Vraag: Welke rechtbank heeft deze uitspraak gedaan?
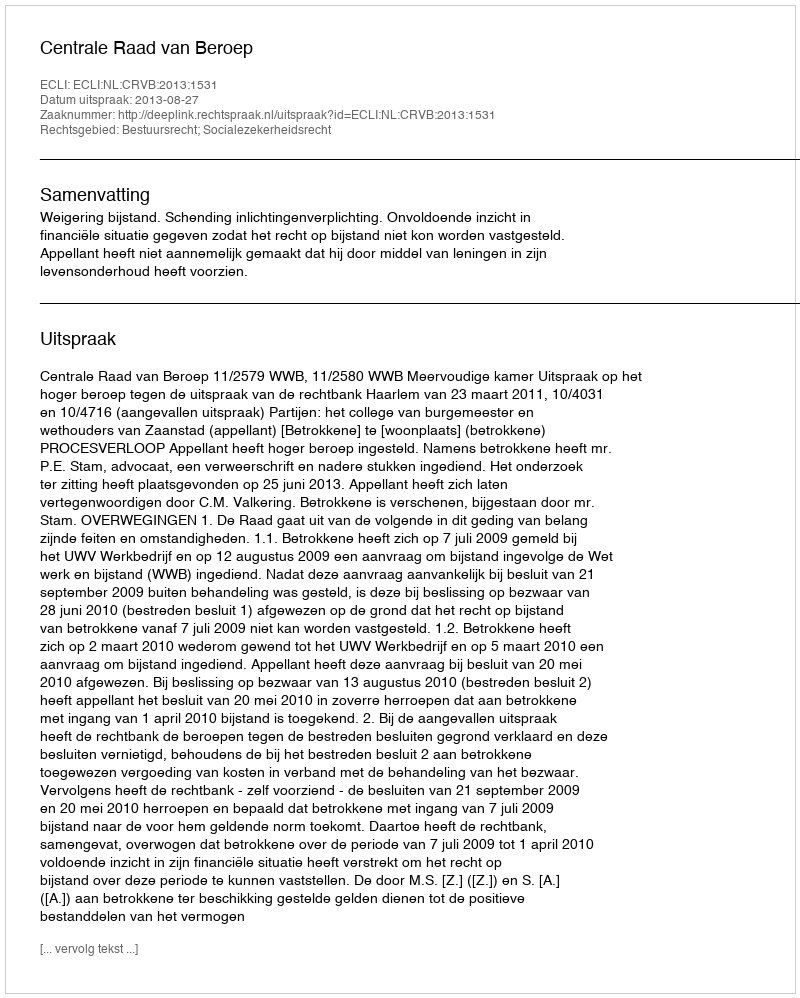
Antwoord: Centrale Raad van Beroep